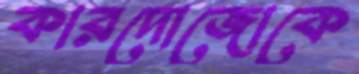
কারদোজোকে